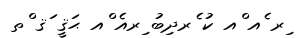
ިރ ެއ ްއ ކު ެރދިބު ިރއެ ްއ ޙަޤީ ަޤ ްތ